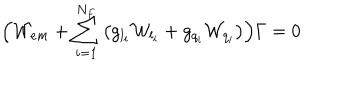
\Bigl ( { \cal W } _ { e m } + \sum _ { i = 1 } ^ { N _ { F } } \left( g _ { l _ { i } } { \cal W } _ { l _ { i } } + g _ { q _ { i } } { \cal W } _ { q _ { i } } \right) \Bigr ) \Gamma = 0